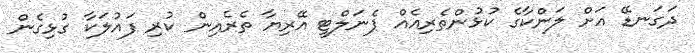
ދަގަނޑޭ އަށް ލަންކާގެ ކުޅުންތެރިއެއް ޕެނަލްޓީ އޭރިޔާ ތެރެއިން ކުރި ފައުލަކާ ގުޅިގެން